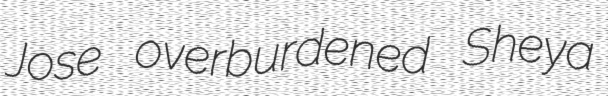
Jose overburdened Sheya